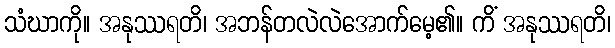
သံဃာကို။ အနုဿရတိ၊ အဘန်တလဲလဲအောက်မေ့၏။ ကိံ အနုဿရတိ၊